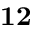
\mathbf { 1 2 }